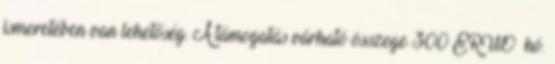
ismeretében van lehetőség. A támogatás várható összege 300 ERUO hó.